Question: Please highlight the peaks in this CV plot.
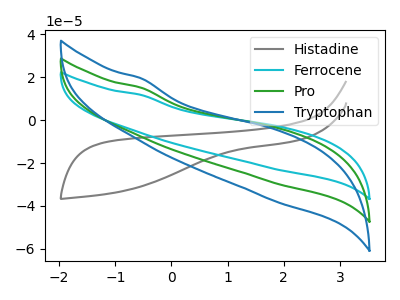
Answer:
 <answer>The gray curve "Histadine" has no peaks. The cyan curve "Ferrocene" has no peaks. The green curve "Pro" has no peaks. The blue curve "Tryptophan" has no peaks.</answer>
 <eval></eval>